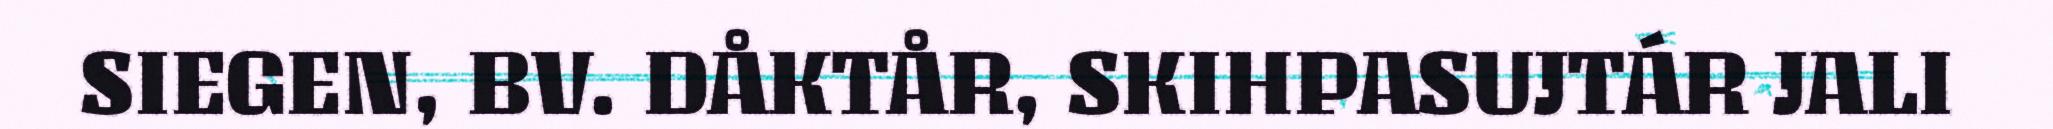
SIEGEN, BV. DÅKTÅR, SKIHPASUJTÁR JALI